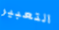
التعبير